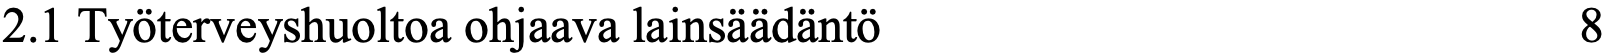
2.1 Työterveyshuoltoa ohjaava lainsäädäntö          8